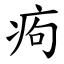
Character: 痀